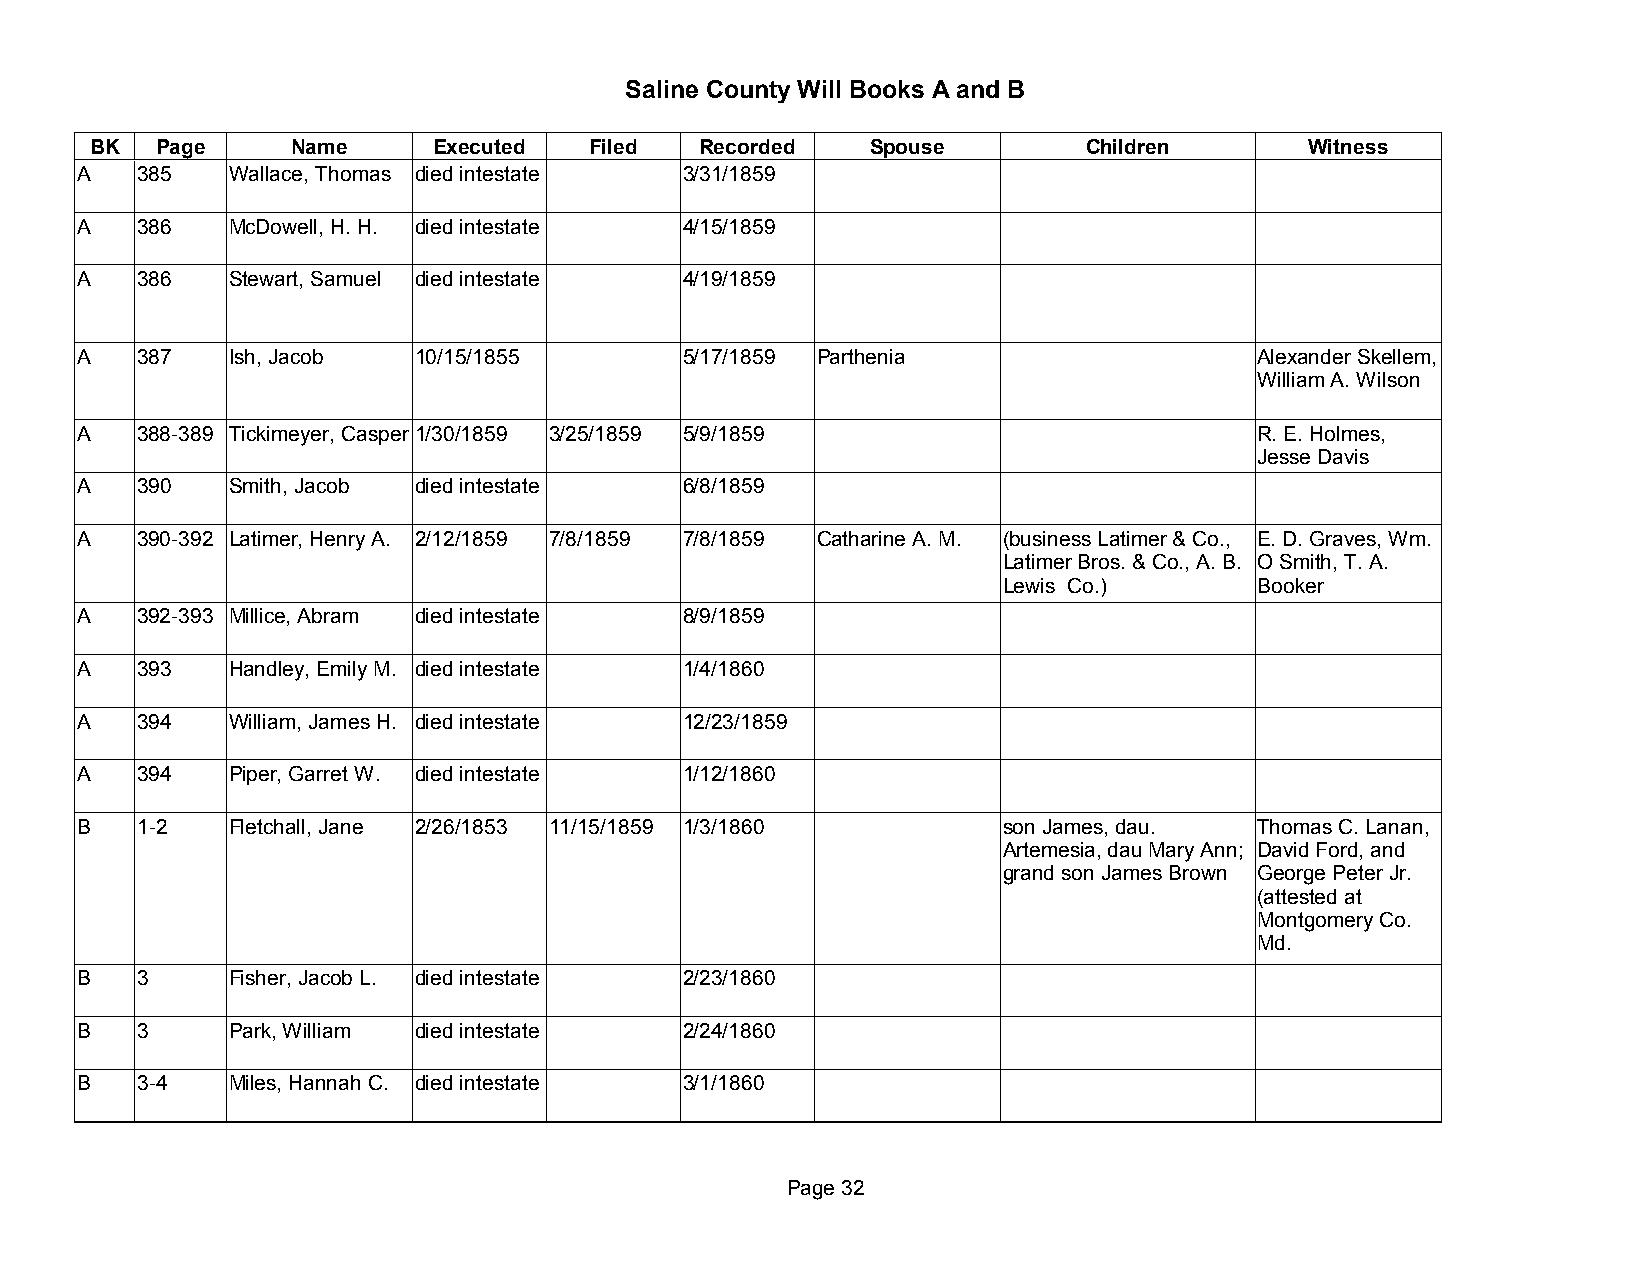
Saline County Will Books A and B
 BK  Page     Name      Executed  Filed  Recorded    Spouse        Children       Witness
 A   385   Wallace, Thomas died intestate 3/31/1859
 A   386   McDowell, H. H. died intestate 4/15/1859
 A   386   Stewart, Samuel died intestate 4/19/1859
 A   387   Ish, Jacob  10/15/1855        5/17/1859 Parthenia                   Alexander Skellem,
 William A. Wilson
 A   388-389 Tickimeyer, Casper 1/30/1859 3/25/1859 5/9/1859                   R. E. Holmes,
 Jesse Davis
 A   390   Smith, Jacob died intestate   6/8/1859
 A   390-392 Latimer, Henry A. 2/12/1859 7/8/1859 7/8/1859 Catharine A. M. (business Latimer & Co., E. D. Graves, Wm.
 Latimer Bros. & Co., A. B. O Smith, T. A.
 Lewis Co.)       Booker
 A   392-393 Millice, Abram died intestate 8/9/1859
 A   393   Handley, Emily M. died intestate 1/4/1860
 A   394   William, James H. died intestate 12/23/1859
 A   394   Piper, Garret W. died intestate 1/12/1860
 B   1-2   Fletchall, Jane 2/26/1853 11/15/1859 1/3/1860      son James, dau.  Thomas C. Lanan,
 Artemesia, dau Mary Ann; David Ford, and
 grand son James Brown George Peter Jr.
 (attested at
 Montgomery Co.
 Md.
 B   3     Fisher, Jacob L. died intestate 2/23/1860
 B   3     Park, William died intestate  2/24/1860
 B   3-4   Miles, Hannah C. died intestate 3/1/1860
 Page 32